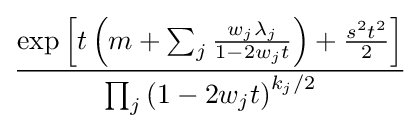
{\frac {\exp \left[t\left(m+\sum _{j}{\frac {w_{j}\lambda _{j}}{1-2w_{j}t}}\right)+{\frac {s^{2}t^{2}}{2}}\right]}{\prod _{j}\left(1-2w_{j}t\right)^{k_{j}/2}}}